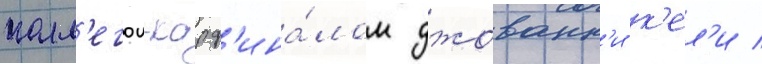
колл'егои-кард'ина́лом джованн'и к'ел'и /